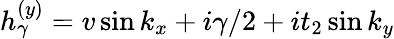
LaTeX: h_{\gamma}^{(y)}=v\sin k_{x}+i\gamma/2+it_{2}\sin k_{y}